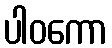
ပါဝကော